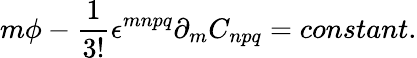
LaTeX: m\phi-\frac{1}{3!}\epsilon^{mnpq}\partial_{m}C_{npq}=constant.